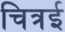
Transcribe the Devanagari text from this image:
चित्रई